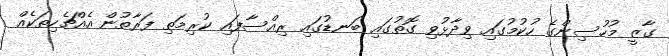
ގާޒީ މުހުސިންގެ ހުކުމުގައި ވިދާޅުވި ގޮތުގައި ބަނޑުގައި ރިއްސާފައި ކުރިމަތި ފަރާތުން އެއްޗެހިތަކެއް